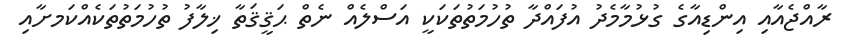
ރާއްޖެއާއި އިންޑިއާގެ ގުޅުމާމެދު އުފައްދާ ތުހުމަތުތަކަކީ އަސްލެއް ނެތް ޙަޤީޤަތާ ޚިލާފު ތުހުމަތުތަކެއްކަމށާއި